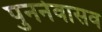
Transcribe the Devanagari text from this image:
पुनर्नवासव